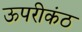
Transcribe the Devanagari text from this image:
ऊपरीकंठ